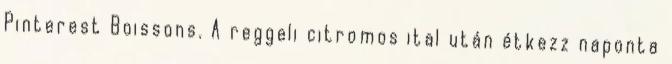
Pinterest Boissons. A reggeli citromos ital után étkezz naponta